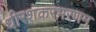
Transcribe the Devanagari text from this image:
धीरशंकरभरणम